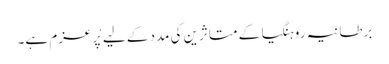
برطانیہ روہنگیا کے متاثرین کی مدد کے لیے پْرعزم ہے۔